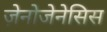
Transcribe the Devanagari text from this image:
ज़ेनोजेनेसिस